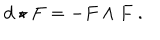
LaTeX: d \star F = - F \wedge F \ .